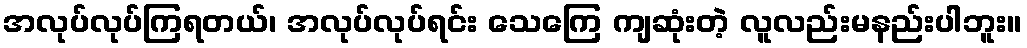
အလုပ်လုပ်ကြရတယ်၊ အလုပ်လုပ်ရင်း သေကြေ ကျဆုံးတဲ့ လူလည်းမနည်းပါဘူး။